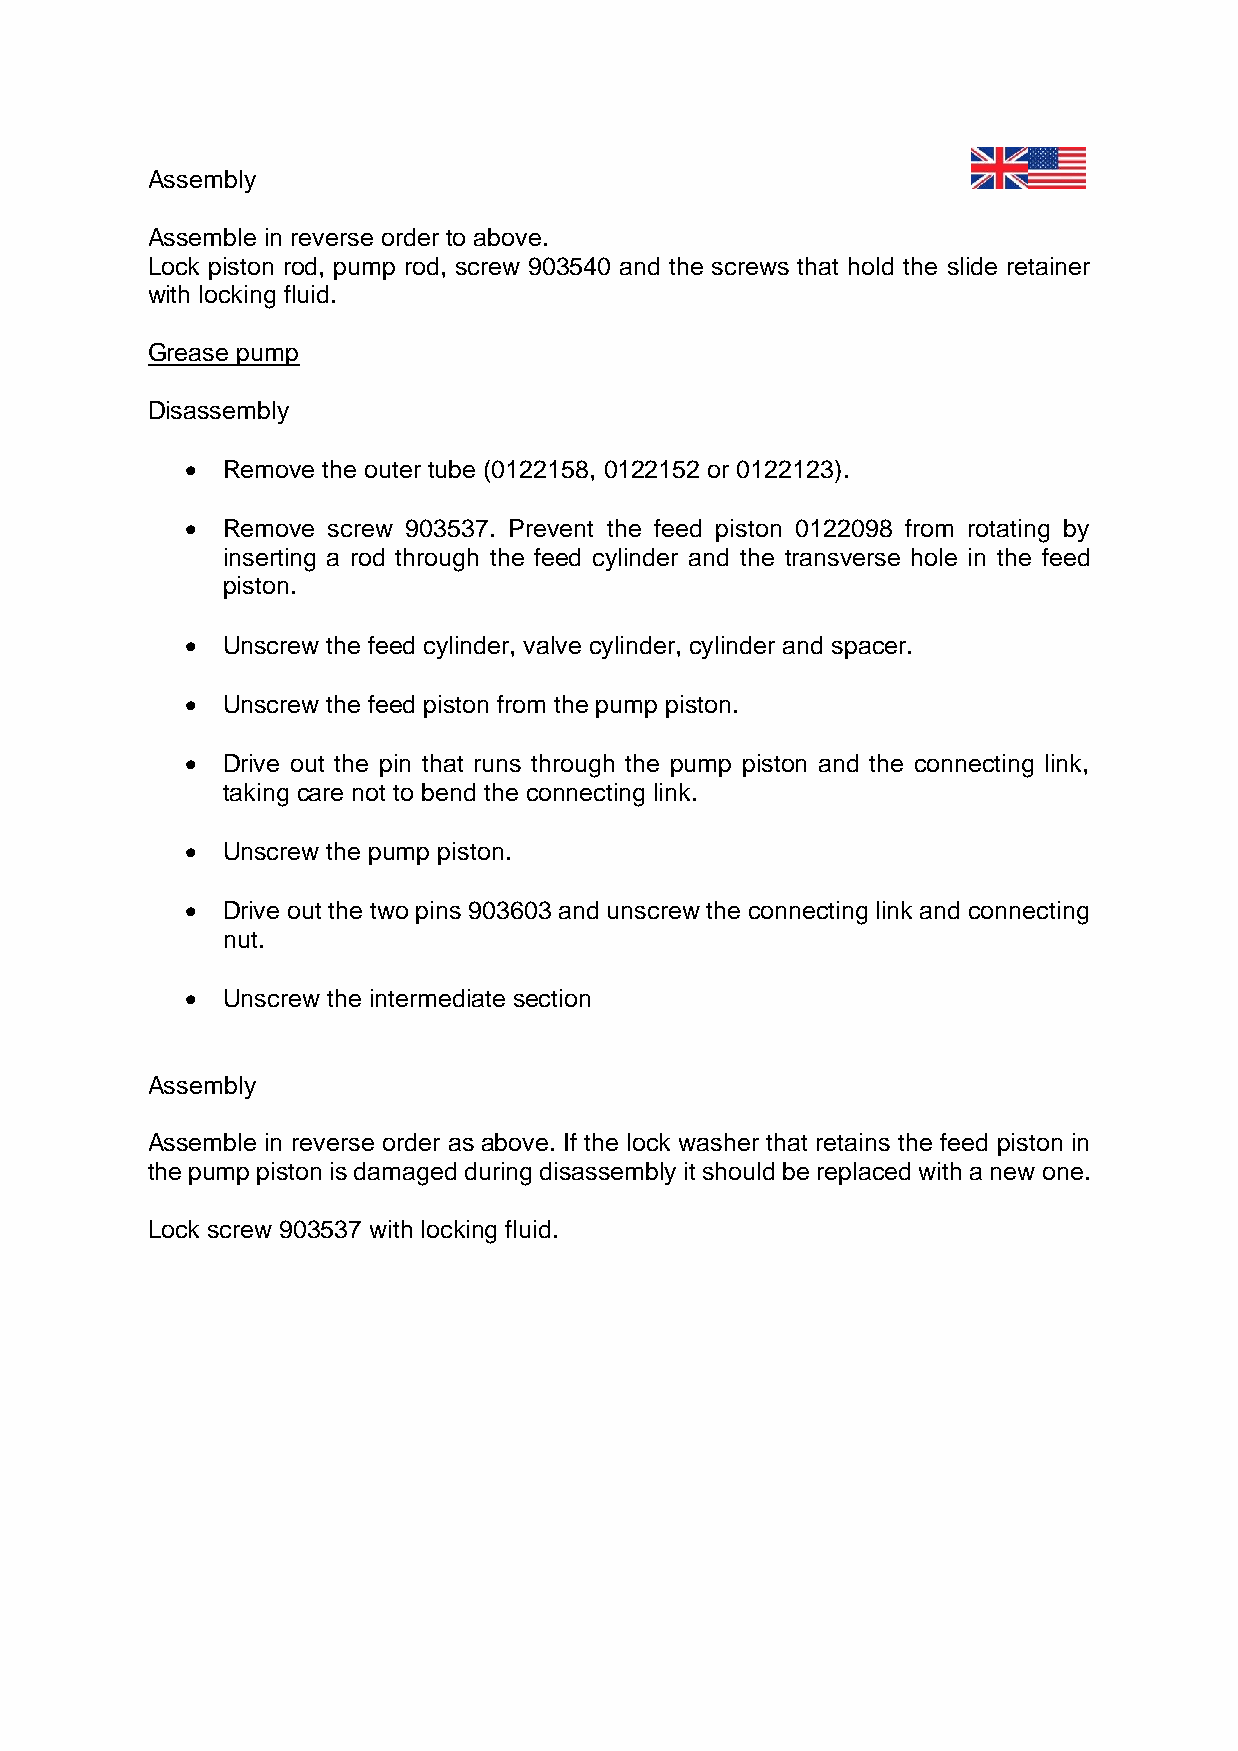
Assembly
 Assemble in reverse order to above.
 Lock piston rod, pump rod, screw 903540 and the screws that hold the slide retainer
 with locking fluid.
 Grease pump
 Disassembly
 •  Remove the outer tube (0122158, 0122152 or 0122123).
 •  Remove screw 903537. Prevent the feed piston 0122098 from rotating by
 inserting a rod through the feed cylinder and the transverse hole in the feed
 piston.
 •  Unscrew the feed cylinder, valve cylinder, cylinder and spacer.
 •  Unscrew the feed piston from the pump piston.
 •  Drive out the pin that runs through the pump piston and the connecting link,
 taking care not to bend the connecting link.
 •  Unscrew the pump piston.
 •  Drive out the two pins 903603 and unscrew the connecting link and connecting
 nut.
 •  Unscrew the intermediate section
 Assembly
 Assemble in reverse order as above. If the lock washer that retains the feed piston in
 the pump piston is damaged during disassembly it should be replaced with a new one.
 Lock screw 903537 with locking fluid.